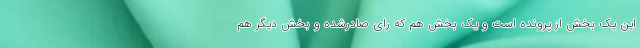
این یک بخش از پرونده است و یک بخش هم که رای صادرشده و بخش دیگر هم